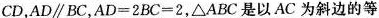
CD，AD//BC，AD=2 BC=2，\triangle